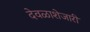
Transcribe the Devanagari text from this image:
देवळाशेजारी